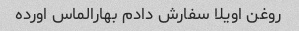
روغن اویلا سفارش دادم بهارالماس اورده